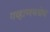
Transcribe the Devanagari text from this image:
गव्हाणमधेच